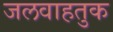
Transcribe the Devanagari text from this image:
जलवाहतुक